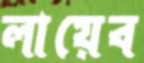
লায়েব